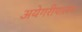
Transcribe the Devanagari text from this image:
अयेगरीपालम